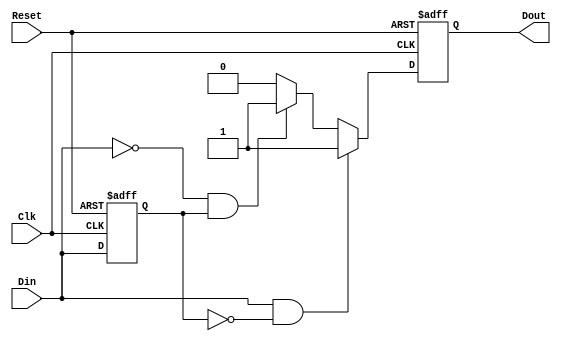
module EdgeDetector (
    input wire Din,       // Signal Input
    input wire Clk,      // Clock
    input wire Reset,     // Asynchronous Reset
    output reg Dout       // Edge Detected Signal
);

// Internal signal to hold the previous state of Din
reg previous_state;

// Always block to capture the previous state and detect edges
always @(posedge Clk or posedge Reset) begin
    if (Reset) begin
        previous_state <= 1'b0; // Initialize previous state to low on reset
        Dout <= 1'b0;            // Clear Dout on reset
    end else begin
        // Edge Detection Logic
        if (Din && !previous_state) begin
            Dout <= 1'b1; // Rising edge detected
        end else if (!Din && previous_state) begin
            Dout <= 1'b1; // Falling edge detected
        end else begin
            Dout <= 1'b0; // No edge detected
        end
        
        // Update previous state with the current state
        previous_state <= Din;
    end
end

endmodule